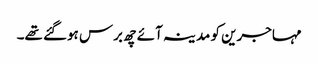
مہاجرین کو مدینہ آئے چھ برس ہوگئے تھے۔